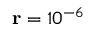
\mathbf { r } = 1 0 ^ { - 6 }